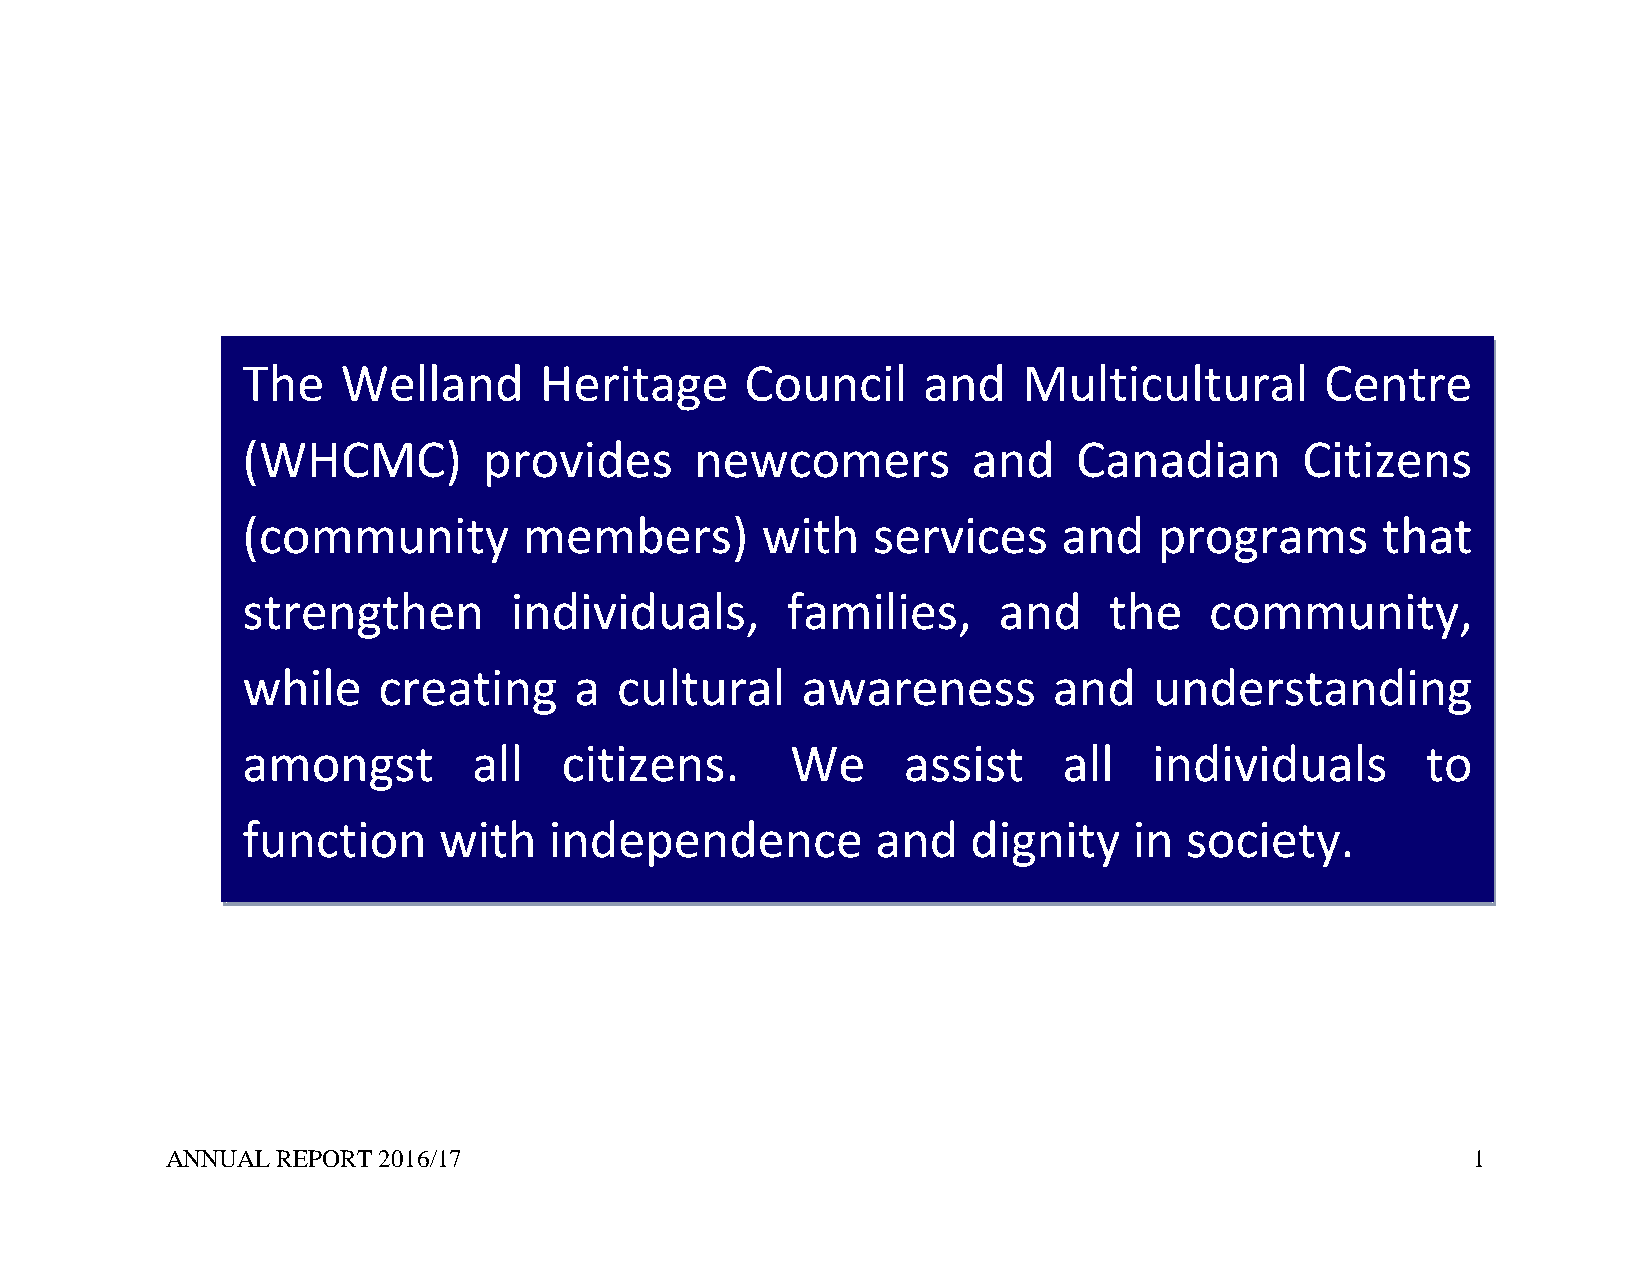
The    Welland      Heritage     Council     and    Multicultural       Centre
 (WHCMC)         provides      newcomers         and    Canadian       Citizens
 (community         members)       with    services    and    programs      that
 strengthen        individuals,      fa milies,    and    the    community,
 while    creating     a  cultural    awareness        and   understanding
 amongst        all   citizens.      We      assist    all   individuals       to
 function     with   independence          and   dignity    in society.
 ANNUAL REPORT 2016/17                                                                 1